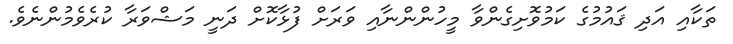
ތަކާއި އަދި ޤައުމުގެ ކަމުވޮށިގެންވާ މީހުންންނާއި ވަރަށް ފުޅާކޮށް ދަނީ މަޝްވަރާ ކުރެވެމުންނެވެ.